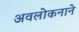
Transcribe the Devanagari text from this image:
अवलोकनाने